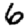
Digit: 6